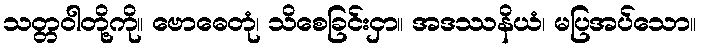
သတ္တဝါတို့ကို။ ဗောဓေတုံ၊ သိစေခြင်းငှာ။ အဒဿနိယံ၊ မပြအပ်သော။